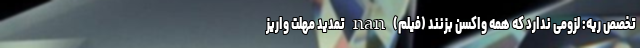
تخصص ریه: لزومی ندارد که همه واکسن بزنند (فیلم) nan تمدید مهلت واریز